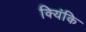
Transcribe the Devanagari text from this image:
क्यिंकि